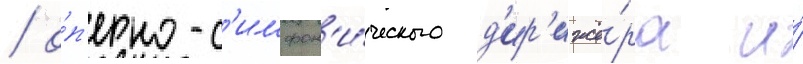
/ о́п'ерно-с'имфон'и́ческого д'ир'ижё́ра и́